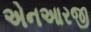
એનઆરજી